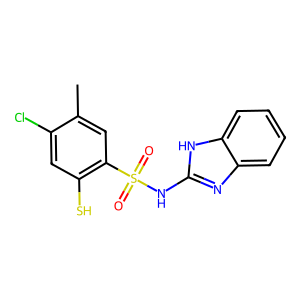
SMILES: Cc1cc(S(=O)(=O)Nc2nc3ccccc3[nH]2)c(S)cc1Cl
Inhibits HIV replication: No